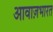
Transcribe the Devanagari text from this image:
आवाज़भारत